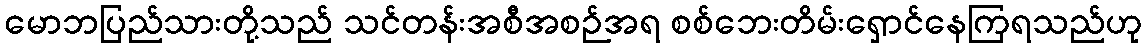
မောဘပြည်သားတို့သည် သင်တန်းအစီအစဉ်အရ စစ်ဘေးတိမ်းရှောင်နေကြရသည်ဟု